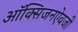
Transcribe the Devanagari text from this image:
ऑक्सिजनऐवजी